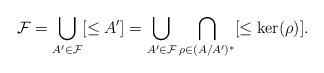
LaTeX: \begin{align*}{\mathcal F}=\bigcup_{A'\in{\mathcal F}}[\leq A'] = \bigcup _{A'\in{\mathcal F}}\bigcap_{\rho\in (A/A')^*}[\leq\mathrm{ker}(\rho)].\end{align*}